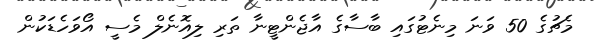
މެޗުގެ 50 ވަނަ މިނެޓުގައި ބާސާގެ އާޖެންޓީނާ ތަރި ލިއޮނެލް މެސީ އޯވަހެޑަކުން